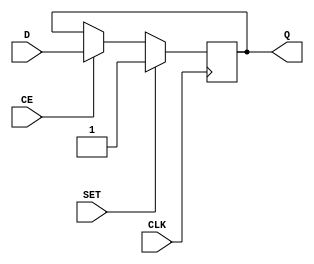
module myDFFNSE (output reg Q, input D, CLK, CE, SET);
	parameter [0:0] INIT = 1'b1;
	initial Q = INIT;
	always @(negedge CLK) begin
		if (SET)
			Q <= 1'b1;
		else if (CE)
			Q <= D;
end
endmodule